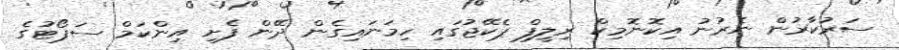
ސަރުކާރުން ނެރުނު އިކޮނޮމިކް ރިލީފް ޕެކޭޖުގައި ހިމަނައިގެން ދޭން ފެށި އިންކަމް ސަޕޯޓުގެ